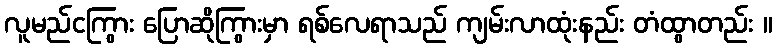
လူမည်ငကြွား ပြောဆိုကြွားမှာ ရစ်လေရာသည် ကျမ်းလာထုံးနည်း တံထွာတည်း ။